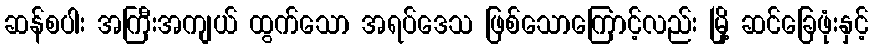
ဆန်စပါး အကြီးအကျယ် ထွက်သော အရပ်ဒေသ ဖြစ်သောကြောင့်လည်း မြို့ ဆင်ခြေဖုံးနှင့်